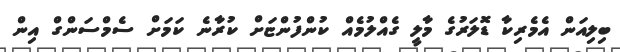
ބިލިއަން އެމެރިކާ ޑޮލަރުގެ މާލީ ގެއްލުމެއް ކުންފުންޏަށް ކުރާނެ ކަމަށް ސެމްސަންގް އިން